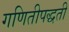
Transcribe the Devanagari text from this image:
गणितीपद्धती